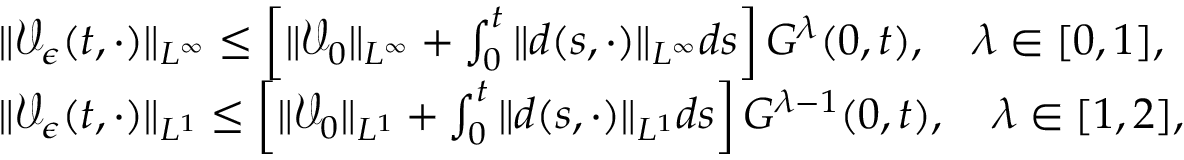
\begin{array} { r l } & { \| \mathcal { V } _ { \epsilon } ( t , \cdot ) \| _ { L ^ { \infty } } \leq \left[ \| \mathcal { V } _ { 0 } \| _ { L ^ { \infty } } + \int _ { 0 } ^ { t } \| d ( s , \cdot ) \| _ { L ^ { \infty } } d s \right] G ^ { \lambda } ( 0 , t ) , \quad \lambda \in [ 0 , 1 ] , } \\ & { \| \mathcal { V } _ { \epsilon } ( t , \cdot ) \| _ { L ^ { 1 } } \leq \left[ \| \mathcal { V } _ { 0 } \| _ { L ^ { 1 } } + \int _ { 0 } ^ { t } \| d ( s , \cdot ) \| _ { L ^ { 1 } } d s \right] G ^ { \lambda - 1 } ( 0 , t ) , \quad \lambda \in [ 1 , 2 ] , } \end{array}